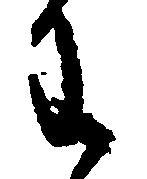
わ